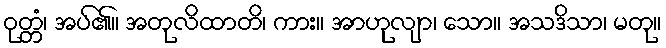
ဝုတ္တံ၊ အပ်၏။ အတုလိထာတိ၊ ကား။ အာဟုလျာ၊ သော။ အသဒိသာ၊ မတု။